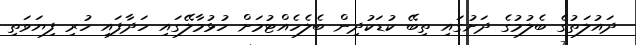
ދައުލަތުގެ ބެލުމުގެ ދަށުގައި ތިބޭ ކުޑަކުދިން ބެލެހެއްޓުމަށް ހުޅުމާލޭގައި ހަދާފައި ހުރި ފިޔަވަތި